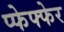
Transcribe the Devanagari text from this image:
प्फेफ्फेर